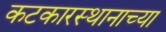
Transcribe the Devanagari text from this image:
कटकारस्थानाच्या